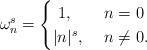
LaTeX: \begin{align*}\omega_{n}^{s} =\begin{cases}~1, & ~ n = 0 \\| n |^{s}, & ~ n \neq 0.\end{cases}\end{align*}